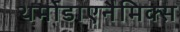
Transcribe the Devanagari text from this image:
थर्मोडाएनैमिक्स